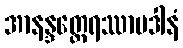
အာနန္ဒတ္ထေရဿာပဒါနံ